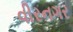
વીરનગર